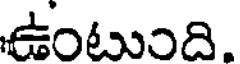
ఉంటుంది.